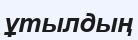
ұтылдың